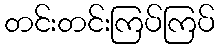
တင်းတင်းကြပ်ကြပ်